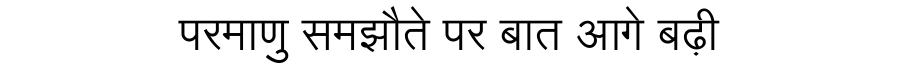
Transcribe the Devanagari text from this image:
परमाणु समझौते पर बात आगे बढ़ी